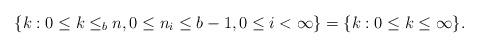
LaTeX: \begin{align*}\{k: 0\leq k \leq_b n, 0 \leq n_i \leq b-1, 0 \leq i < \infty \} = \{k: 0 \leq k \leq \infty \}.\end{align*}